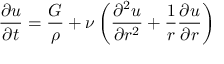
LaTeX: { \frac { \partial u } { \partial t } } = { \frac { G } { \rho } } + \nu \left( { \frac { \partial ^ { 2 } u } { \partial r ^ { 2 } } } + { \frac { 1 } { r } } { \frac { \partial u } { \partial r } } \right)